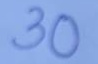
30